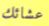
عشائك